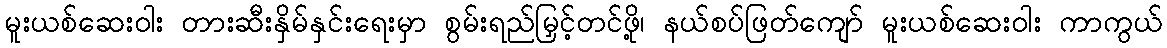
မူးယစ်ဆေးဝါး တားဆီးနှိမ်နှင်းရေးမှာ စွမ်းရည်မြှင့်တင်ဖို့၊ နယ်စပ်ဖြတ်ကျော် မူးယစ်ဆေးဝါး ကာကွယ်